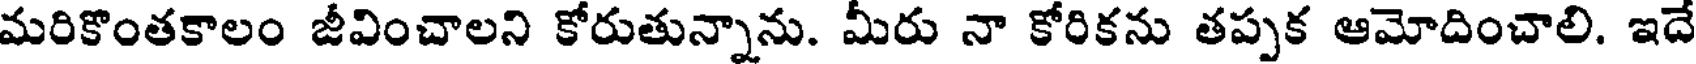
మరికొంతకాలం జీవించాలని కోరుతున్నాను. మీరు నా కోరికను తప్పక ఆమోదించాలి. ఇదే